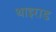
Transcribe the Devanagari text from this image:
थाइराड